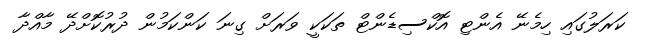
ކަރަލުގައި ހިމެނޭ އެންޓި އޮކްސިޑެންޓް ތަކަކީ ވަރަށް ގިނަ ކަންކަމުން ދުރުކޮށްދޭ މާއްދާ